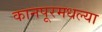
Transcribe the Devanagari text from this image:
कानपूरमधल्या